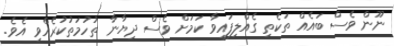
ނޫން ވެސް ބައެއް ތަކެތި ގެއްލިފައިވާ ކަމަށް ވެސް ދިޔާނާ ތުހުމަތުކުރެއްވި އެވެ.